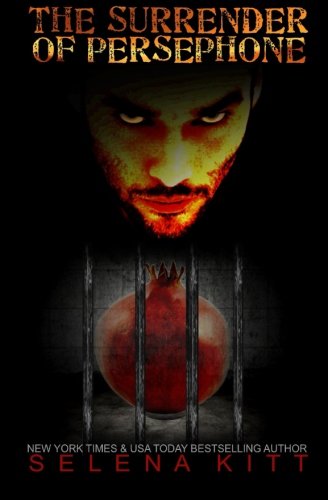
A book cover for The Surrender of Persephone; Selena Kitt; Romance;